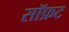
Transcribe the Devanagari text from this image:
सॉफ्रट